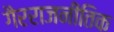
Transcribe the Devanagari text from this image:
गैरराजनीतिक